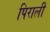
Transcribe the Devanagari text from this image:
पिराली